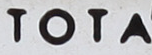
TOTA